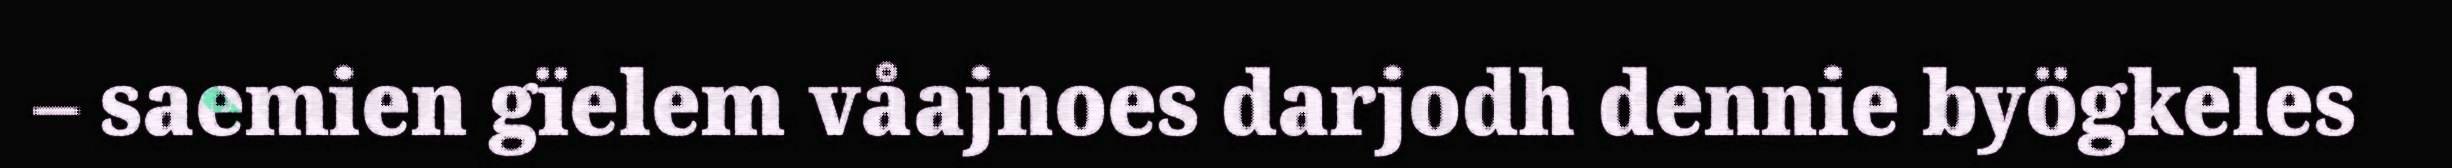
– saemien gïelem våajnoes darjodh dennie byögkeles